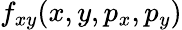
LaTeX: f_{xy}(x,y,p_{x},p_{y})